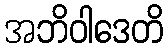
အဘိဝါဒေတိ